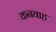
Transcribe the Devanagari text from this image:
कनवाह